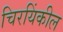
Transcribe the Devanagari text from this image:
चिरयिंकील